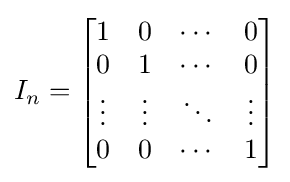
I_{n}={\begin{bmatrix}1&0&\cdots &0\\0&1&\cdots &0\\\vdots &\vdots &\ddots &\vdots \\0&0&\cdots &1\end{bmatrix}}